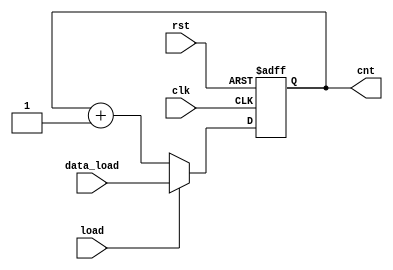
module counter_load #(
	parameter WIDTH = 8
) (
	input                  clk, 
    input                  rst, 
    input                  load,
	input      [WIDTH-1:0] data_load,
	output reg [WIDTH-1:0] cnt
);

always @(posedge clk or negedge rst) begin
    if (!rst)
        cnt <= 0;
    else if (load)
        cnt <= data_load;
    else
        cnt <= cnt + 1'b1;
end

endmodule